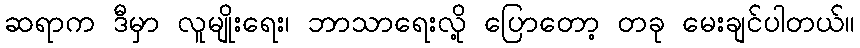
ဆရာက ဒီမှာ လူမျိုးရေး၊ ဘာသာရေးလို့ ပြောတော့ တခု မေးချင်ပါတယ်။